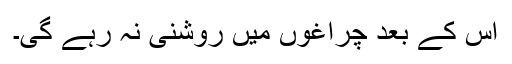
اس کے بعد چراغوں میں روشنی نہ رہے گی۔